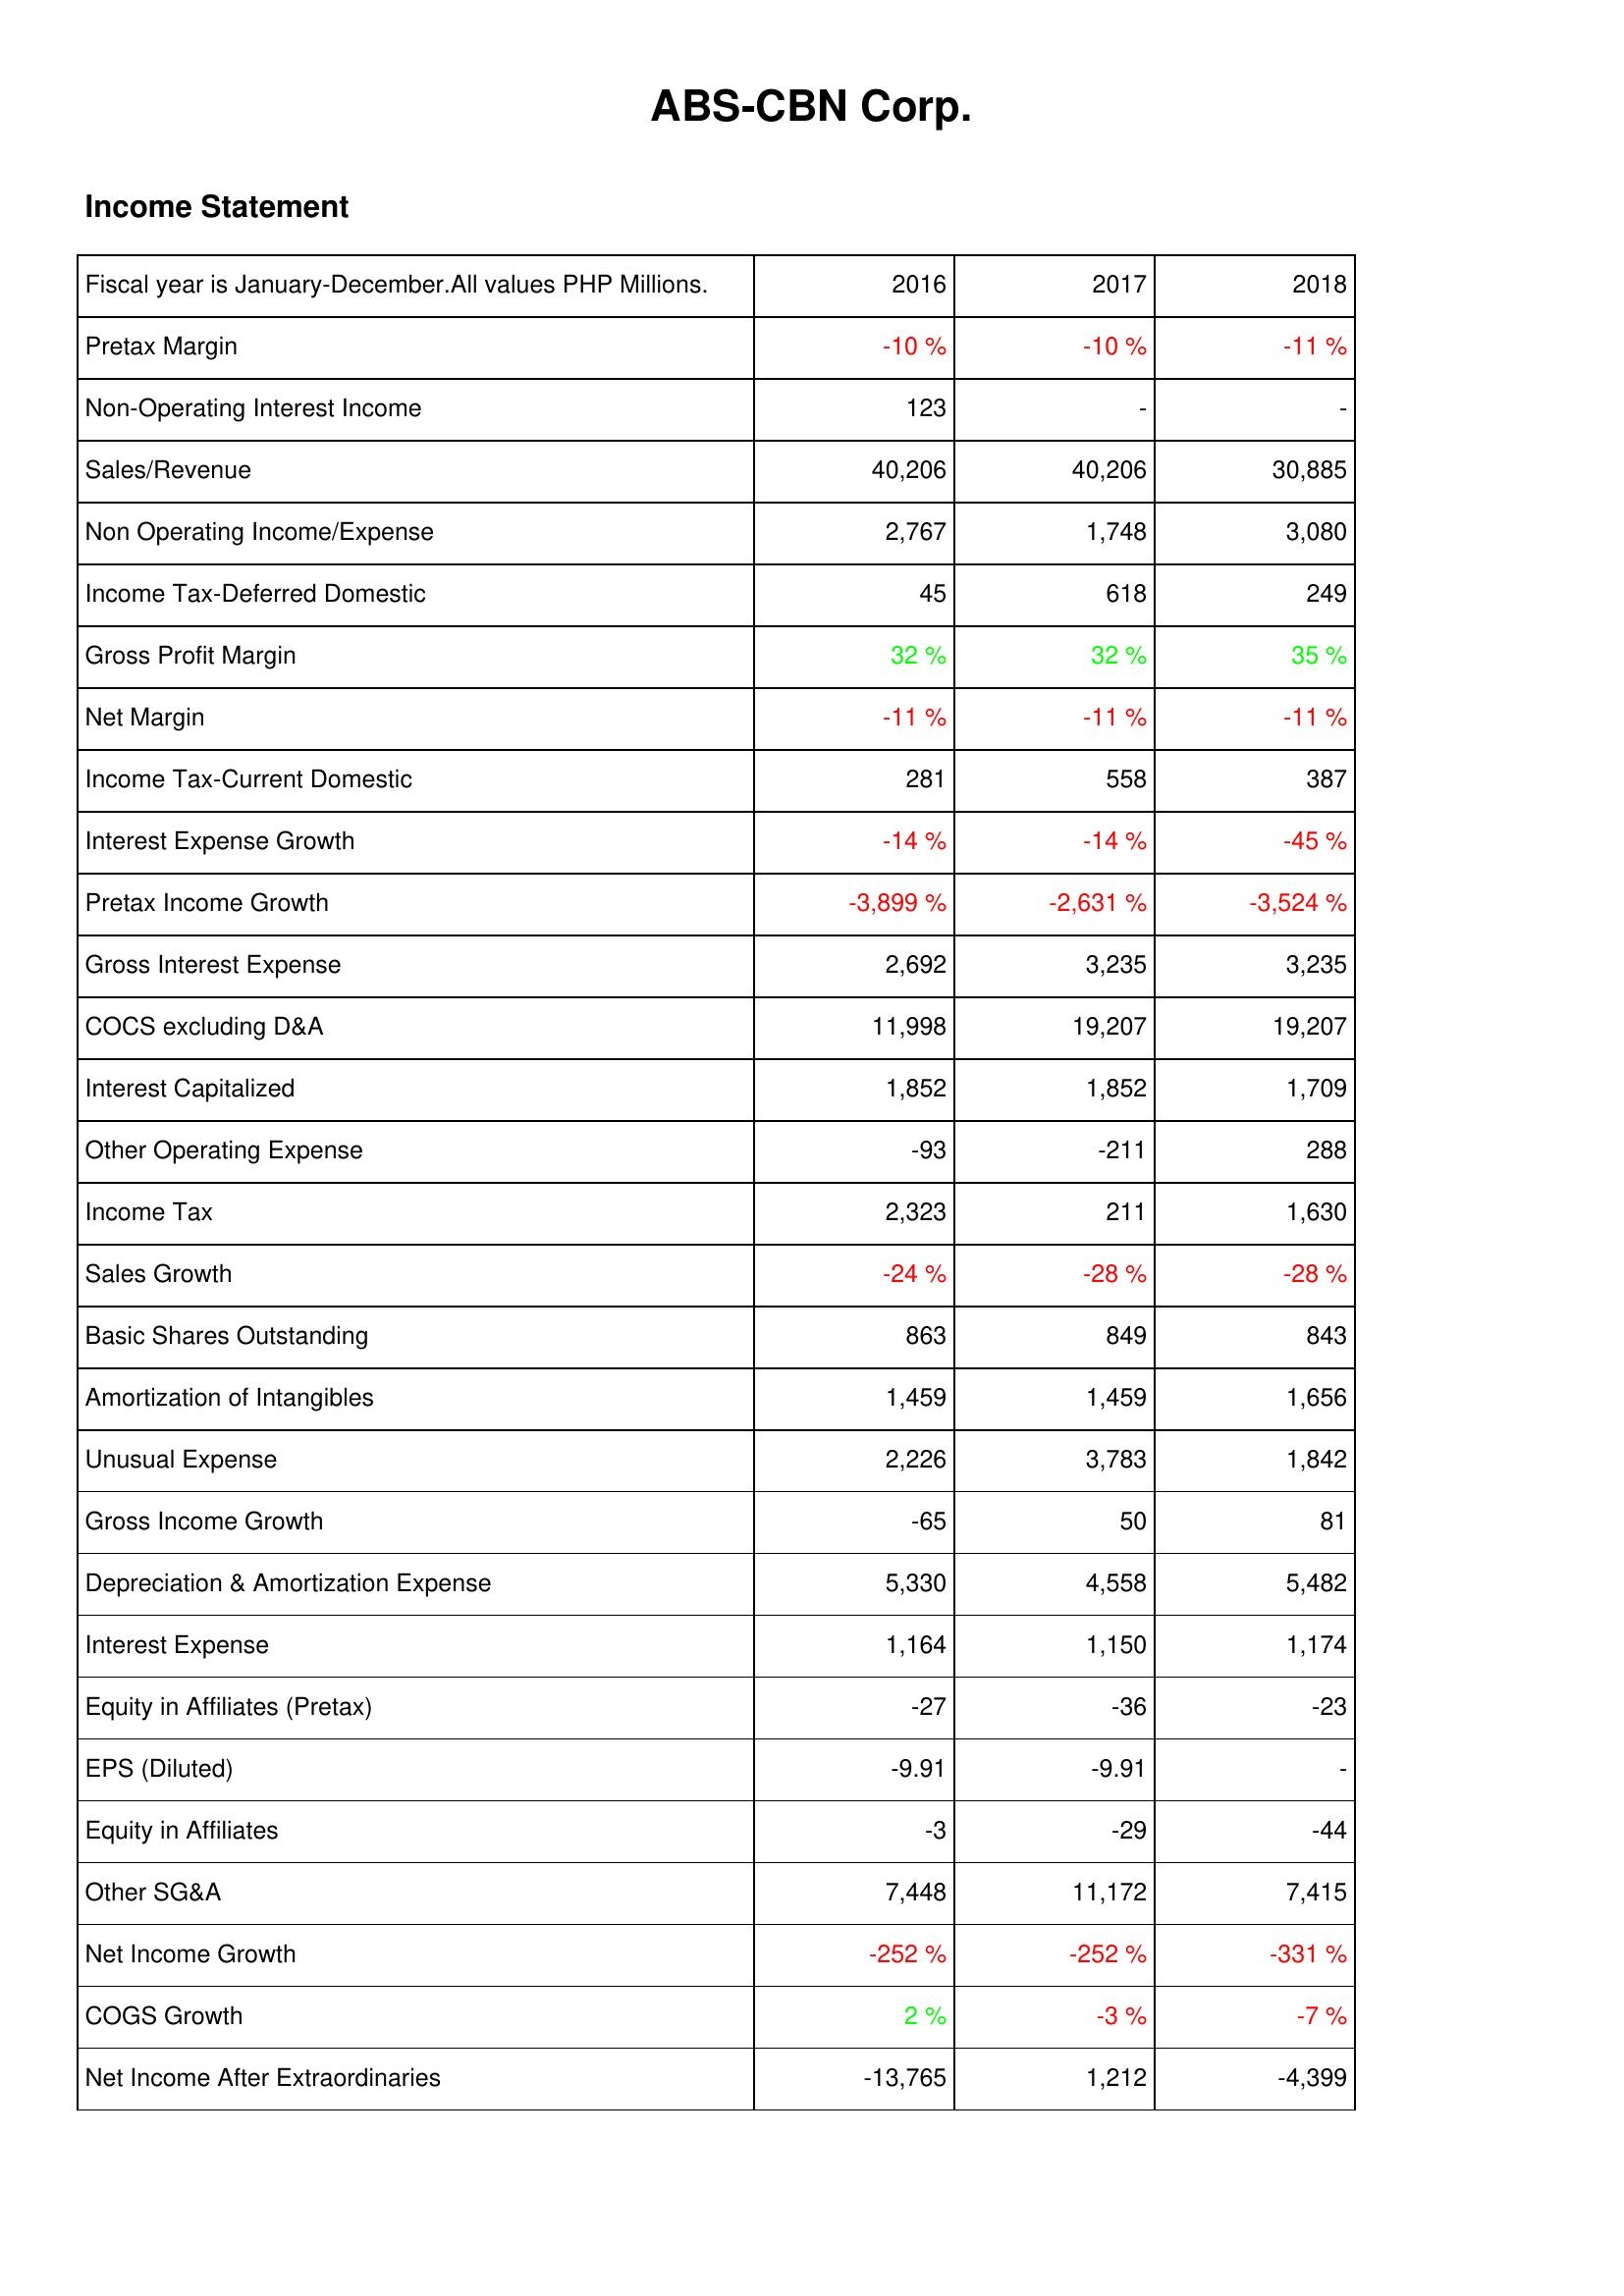
2016: Income Statement: Pretax Margin: -10 %
Non-Operating Interest Income: 123
Sales/Revenue: 40,206
Non Operating Income/Expense: 2,767
Income Tax-Deferred Domestic: 45
Gross Profit Margin: 32 %
Net Margin: -11 %
Income Tax-Current Domestic: 281
Interest Expense Growth: -14 %
Pretax Income Growth: -3,899 %
Gross Interest Expense: 2,692
COCS excluding D&A: 11,998
Interest Capitalized: 1,852
Other Operating Expense: -93
Income Tax: 2,323
Sales Growth: -24 %
Basic Shares Outstanding: 863
Amortization of Intangibles: 1,459
Unusual Expense: 2,226
Gross Income Growth: -65
Depreciation & Amortization Expense: 5,330
Interest Expense: 1,164
Equity in Affiliates (Pretax): -27
EPS (Diluted): -9.91
Equity in Affiliates: -3
Other SG&A: 7,448
Net Income Growth: -252 %
COGS Growth: 2 %
Net Income After Extraordinaries: -13,765
2017: Income Statement: Pretax Margin: -10 %
Non-Operating Interest Income: -
Sales/Revenue: 40,206
Non Operating Income/Expense: 1,748
Income Tax-Deferred Domestic: 618
Gross Profit Margin: 32 %
Net Margin: -11 %
Income Tax-Current Domestic: 558
Interest Expense Growth: -14 %
Pretax Income Growth: -2,631 %
Gross Interest Expense: 3,235
COCS excluding D&A: 19,207
Interest Capitalized: 1,852
Other Operating Expense: -211
Income Tax: 211
Sales Growth: -28 %
Basic Shares Outstanding: 849
Amortization of Intangibles: 1,459
Unusual Expense: 3,783
Gross Income Growth: 50
Depreciation & Amortization Expense: 4,558
Interest Expense: 1,150
Equity in Affiliates (Pretax): -36
EPS (Diluted): -9.91
Equity in Affiliates: -29
Other SG&A: 11,172
Net Income Growth: -252 %
COGS Growth: -3 %
Net Income After Extraordinaries: 1,212
2018: Income Statement: Pretax Margin: -11 %
Non-Operating Interest Income: -
Sales/Revenue: 30,885
Non Operating Income/Expense: 3,080
Income Tax-Deferred Domestic: 249
Gross Profit Margin: 35 %
Net Margin: -11 %
Income Tax-Current Domestic: 387
Interest Expense Growth: -45 %
Pretax Income Growth: -3,524 %
Gross Interest Expense: 3,235
COCS excluding D&A: 19,207
Interest Capitalized: 1,709
Other Operating Expense: 288
Income Tax: 1,630
Sales Growth: -28 %
Basic Shares Outstanding: 843
Amortization of Intangibles: 1,656
Unusual Expense: 1,842
Gross Income Growth: 81
Depreciation & Amortization Expense: 5,482
Interest Expense: 1,174
Equity in Affiliates (Pretax): -23
EPS (Diluted): -
Equity in Affiliates: -44
Other SG&A: 7,415
Net Income Growth: -331 %
COGS Growth: -7 %
Net Income After Extraordinaries: -4,399